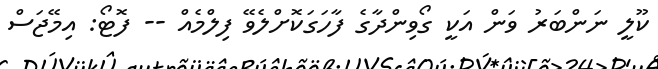
ކޫލީ ނަންބަރު ވަން އަކީ ގޯވިންދާގެ ފާހަގަކޮށްލެވޭ ފިލްމެއް -- ފޮޓޯ: އިމޭޖަސް